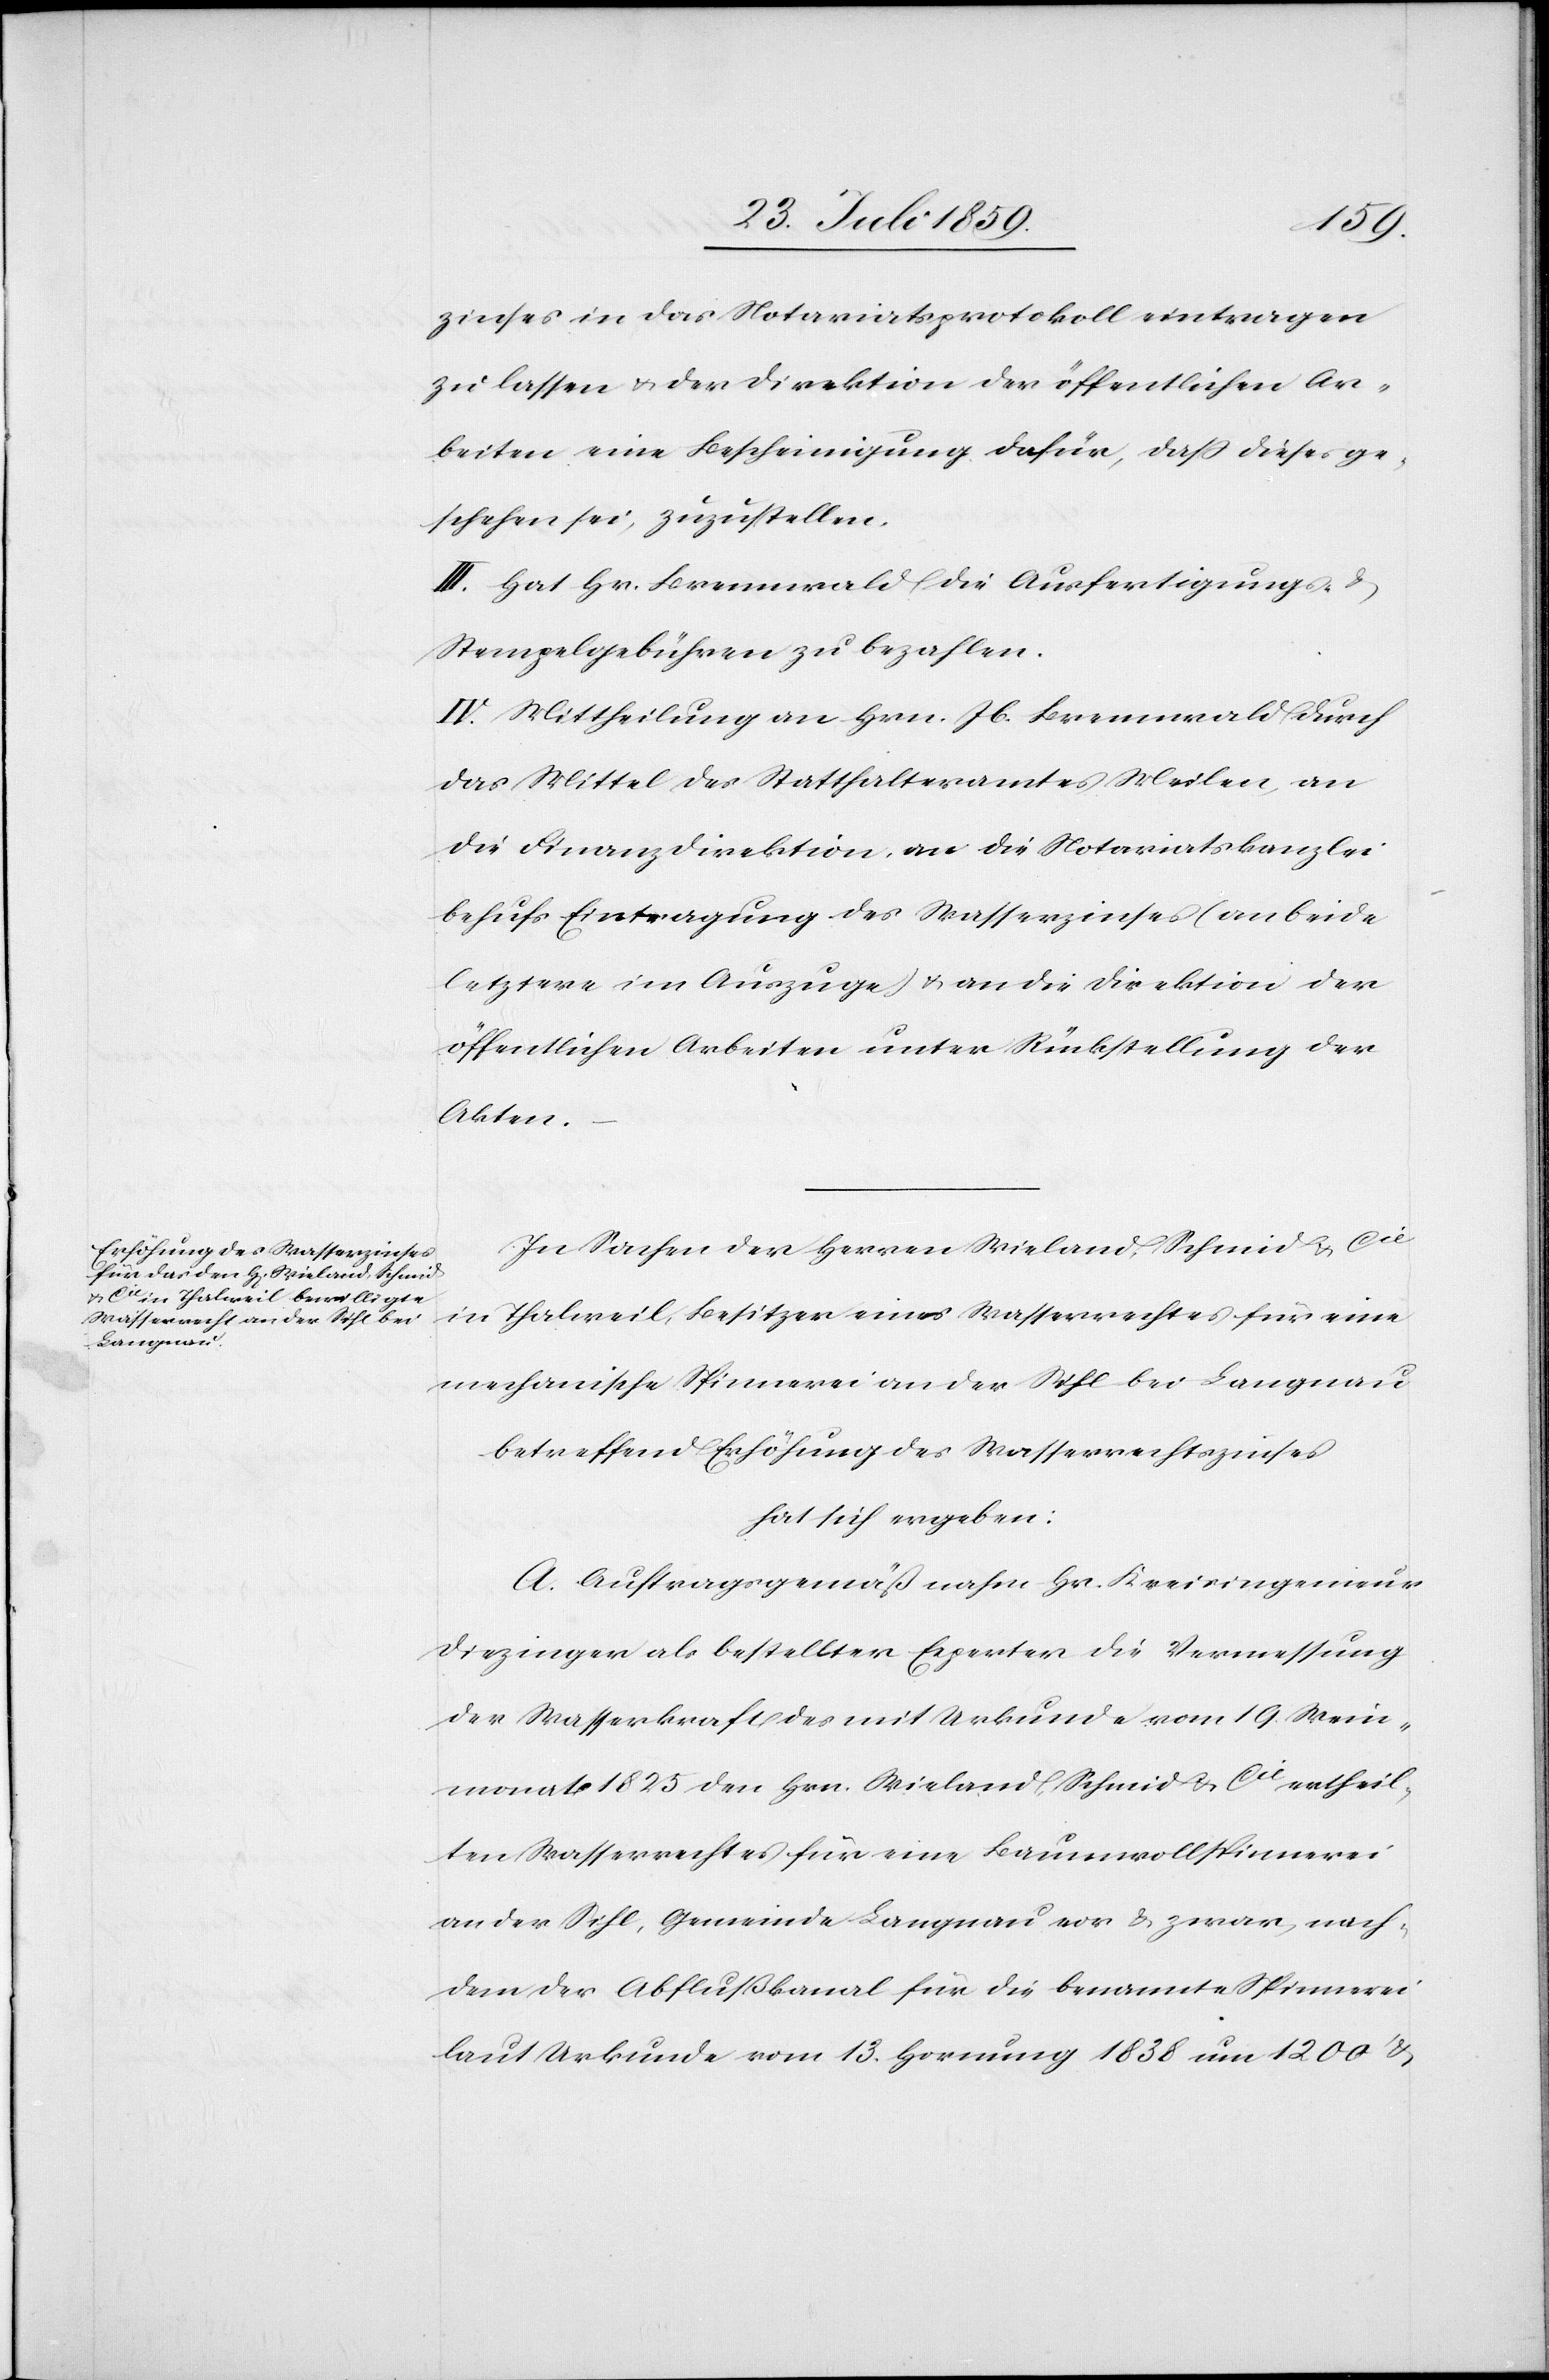
zinses in das Notariatsprotokoll eintragen
zu lassen u. der Direktion der öffentlichen Ar¬
beiten eine Bescheinigung dafür, daß dieses ge¬
schehen sei, zuzustellen.
III. Hat Hr. Brennwald die Ausfertigungs- u.
Stempelgebühren zu bezahlen.
IV. Mittheilung an Hrn. Jb. Brennwald durch
das Mittel des Statthalteramtes Meilen, an
die Finanzdirektion, an die Notariatskanzlei
behufs Eintragung des Wasserzinses (an beide
letztere im Auszuge) u. an die Direktion der
öffentlichen Arbeiten unter Rückstellung der
Akten.
In Sachen der Herrn Wieland, Schmid & Cie
in Thalweil, Besitzer eines Wasserrechtes für eine
mechanische Spinnerei an der Sihl bei Langnau
betreffend Erhöhung des Wasserrechtszinses
hat sich ergeben:
A. Auftragsgemäß nahm Hr. Kreisingenieur
Diezinger als bestellter Experter [sic!] die Vermessung
der Wasserkraft des mit Urkunde vom 19. Wein¬
monat 1825 den Hrn. Wieland, Schmid & Cie ertheil¬
ten Wasserrechtes für eine Baumwollspinnerei
an der Sihl, Gemeinde Langnau vor u. zwar, nach¬
dem der Abflußkanal für die benannte Spinnerei
laut Urkunde vom 13. Hornung 1838 um 1200 u.